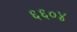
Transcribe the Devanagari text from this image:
६६०४